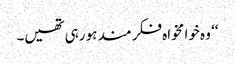
‘‘ وہ خوا مخواہ فکر مند ہو رہی تھیں۔